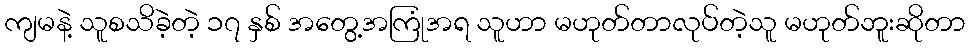
ကျမနဲ့ သူစသိခဲ့တဲ့ ၁၇ နှစ် အတွေ့အကြုံအရ သူဟာ မဟုတ်တာလုပ်တဲ့သူ မဟုတ်ဘူးဆိုတာ